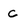
Character: c